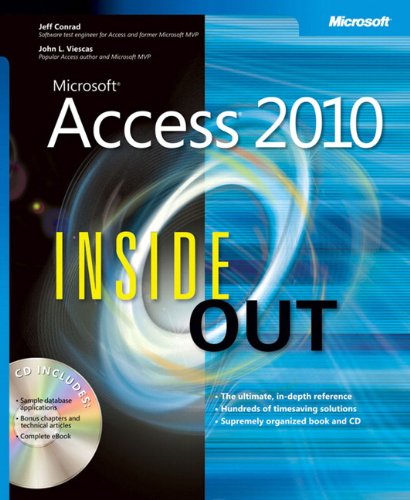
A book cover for Microsoft Access 2010 Inside Out; Jeff Conrad; Computers & Technology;